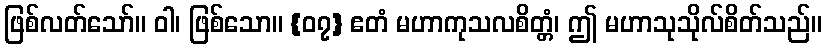
ဖြစ်လတ်သော်။ ဝါ၊ ဖြစ်သော။ {၀၇} ဧတံ မဟာကုသလစိတ္တံ၊ ဤ မဟာသုသိုလ်စိတ်သည်။